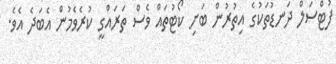
ފުޓްސަލް ދަނޑުތަކުގެ އިތުރުން ބަށި ކޯޓުތައް ވެސް ތަރައްގީ ކުރެވެމުން އެބަދެ އެވެ.